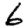
Digit: 6